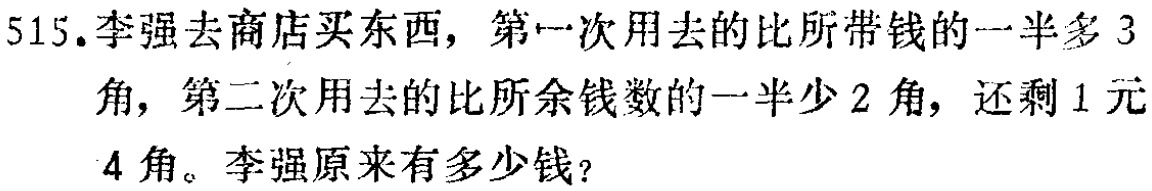
515.李强去商店买东西，第一次用去的比所带钱的一半多3角，第二次用去的比所余钱数的一半少2角，还剩1元4角。李强原来有多少钱？